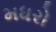
મધરો